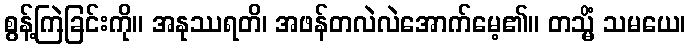
စွန့်ကြဲခြင်းကို။ အနုဿရတိ၊ အဖန်တလဲလဲအောက်မေ့၏။ တသ္မိံ သမယေ၊